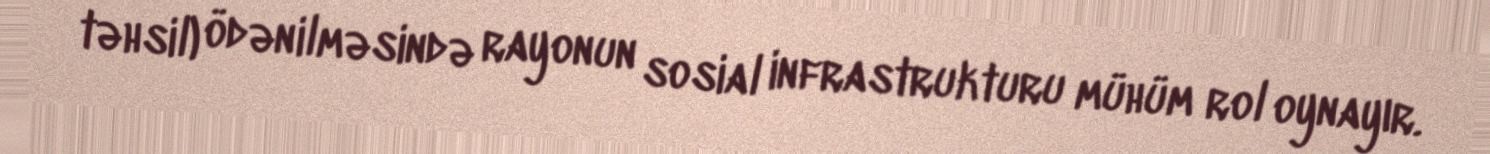
təhsil) ödənilməsində rayonun sosial infrastrukturu mühüm rol oynayır.